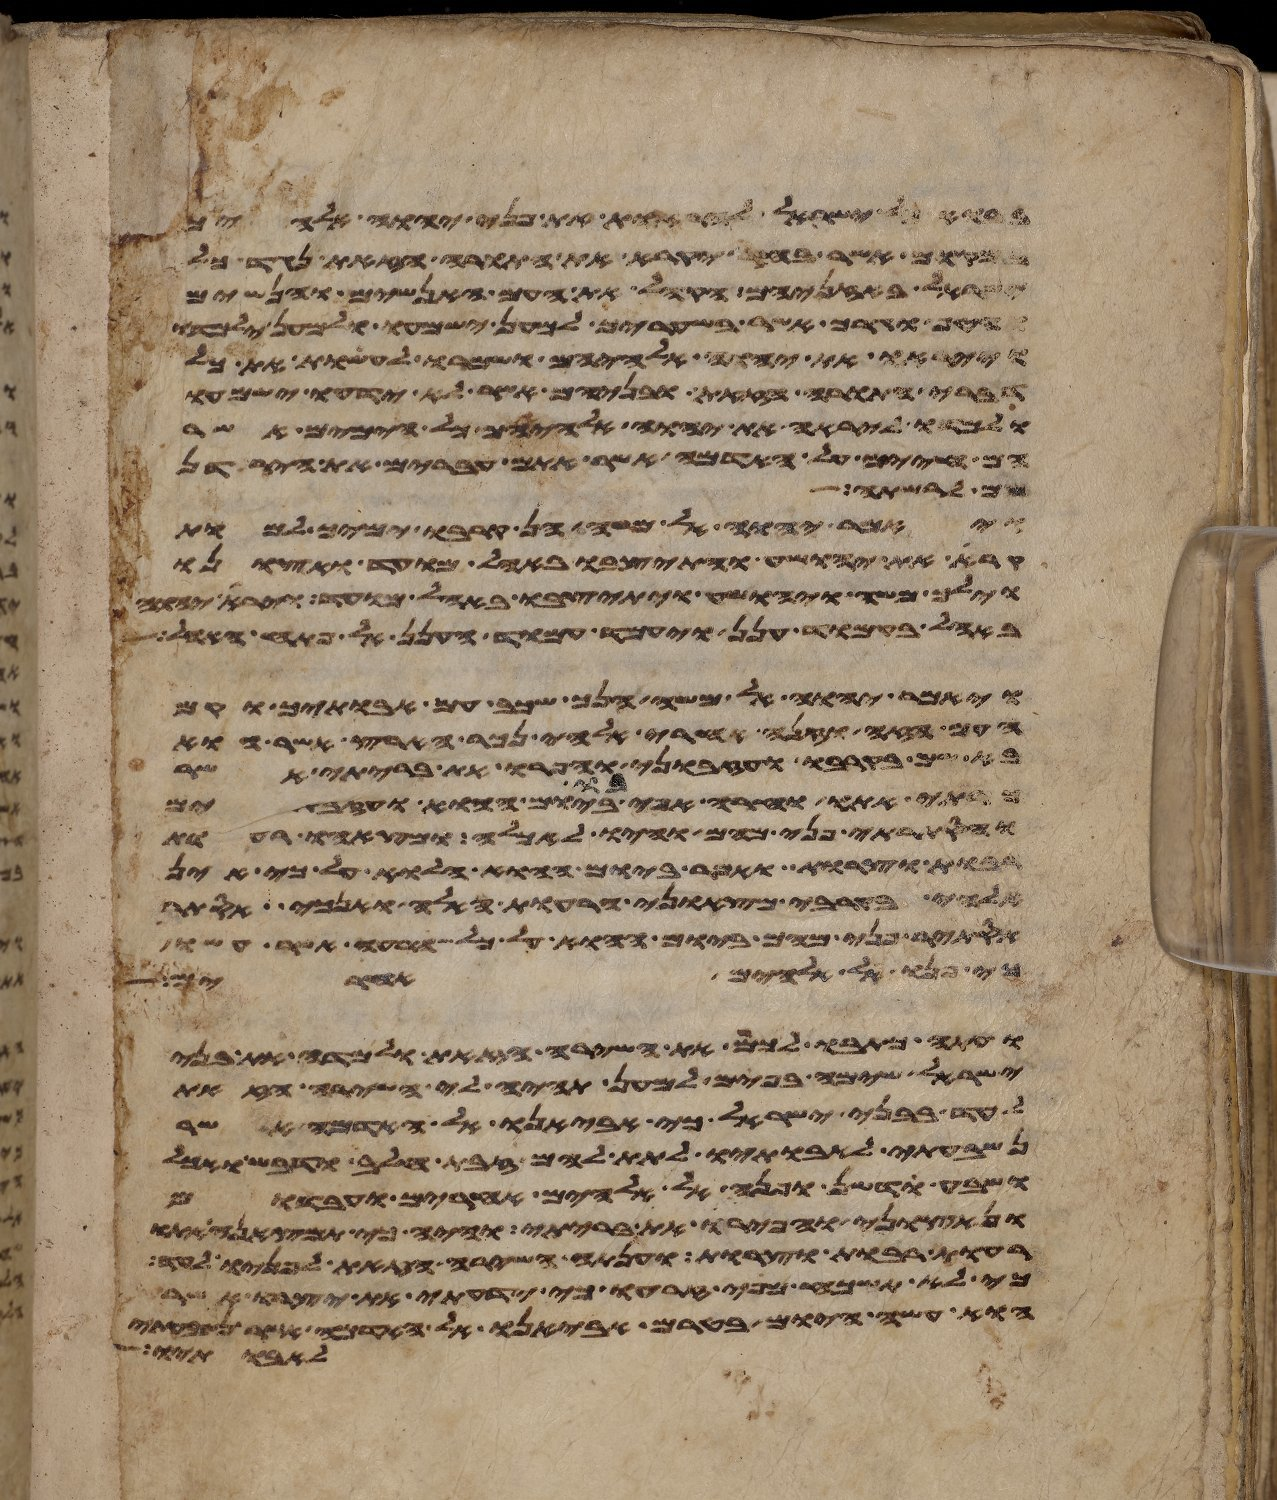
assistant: בבוא כל ישראל להראות את פני יהוה אלהיך
במקום אשר בחר יקרא את התורה הזאת נגד כל
ישראל באזניהם הקהל את העם האנשים והנשים
והטף וגרך אשר בשעריך למען ישמעו ולמען ילמדו
וייראו את יהוה אלהיכם ושמרו לעשות את כל
דברי התורה הזאת ובניהם אשר לא ידעו ישמעו
ולמדו ליראה את יהוה אלהיהם כל הימים אשר
הם חיים על האדמה אשר אתם עברים את הירדן
שם לרשת
ויאמר יהוה אל משה הן קרבו ימיך למות
קרא את יהושע והתיצבו באהל מועד ואצונו
וילך משה ויהושע ויתיצבו באהל מועד ויראה יהוה
באהל בעמוד ענן ויעמד עמוד הענן אל פתח האהל
ויאמר יהוה אל משה הנך שכב עם אבתיך וקם
העם הזה וזנה אחרי אלהי נכר הארץ אשר הוא
בא שמה בקרבו ועזבוני והפרו את בריתי אשר
כרתי אתו וחרה אפי בו ביום ההוא ועזבתים
והסתרתי פני מהם והיו לאכלה ומצאהו רעות
רבות וצרות ואמר ביום ההוא הלוא על כי אין
אלהי בקרבי מצאוני הרעות האלה ואנכי הסתר
אסתיר פני מהם ביום ההוא על כל הרעה אשר עשו
כי פנו אל אלהים אחרים
ועתה כתבו לכם את השירה הזאת ולמדה את בני
ישראל שימה בפים למען תהיה לי השירה הזאת
לעד בבני ישראל כי אביאנו אל האדמה אשר
נשבעתי לאבתיו לתת להם זבת חלב ודבש ואכל
ושבע ודשן ופנה אל אלהים אחרים ועבדום
ונאצוני והפרו את בריתי והיה כי תמצאנה אתו
רעות רבות וצרות וענתה השירה הזאת לפניו לעד
כי לא תשכח מפי זרעו כי ידעתי את יצרו אשר
הוא עשה היום בטרם אביאנו אל האדמה אשר
אבותיו